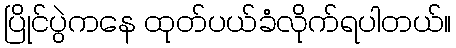
ပြိုင်ပွဲကနေ ထုတ်ပယ်ခံလိုက်ရပါတယ်။